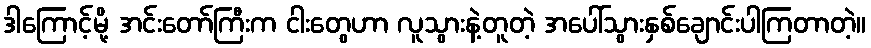
ဒါကြောင့်မို့ အင်းတော်ကြီးက ငါးတွေဟာ လူသွားနဲ့တူတဲ့ အပေါ်သွားနှစ်ချောင်းပါကြတာတဲ့။